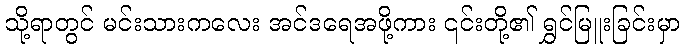
သို့ရာတွင် မင်းသားကလေး အင်ဒရေအဖို့ကား ၎င်းတို့၏ ရွှင်မြူးခြင်းမှာ